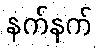
နက်နက်